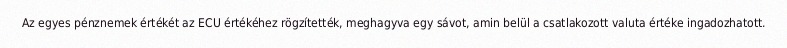
Az egyes pénznemek értékét az ECU értékéhez rögzítették, meghagyva egy sávot, amin belül a csatlakozott valuta értéke ingadozhatott.